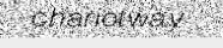
chariotway